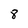
Character: 8